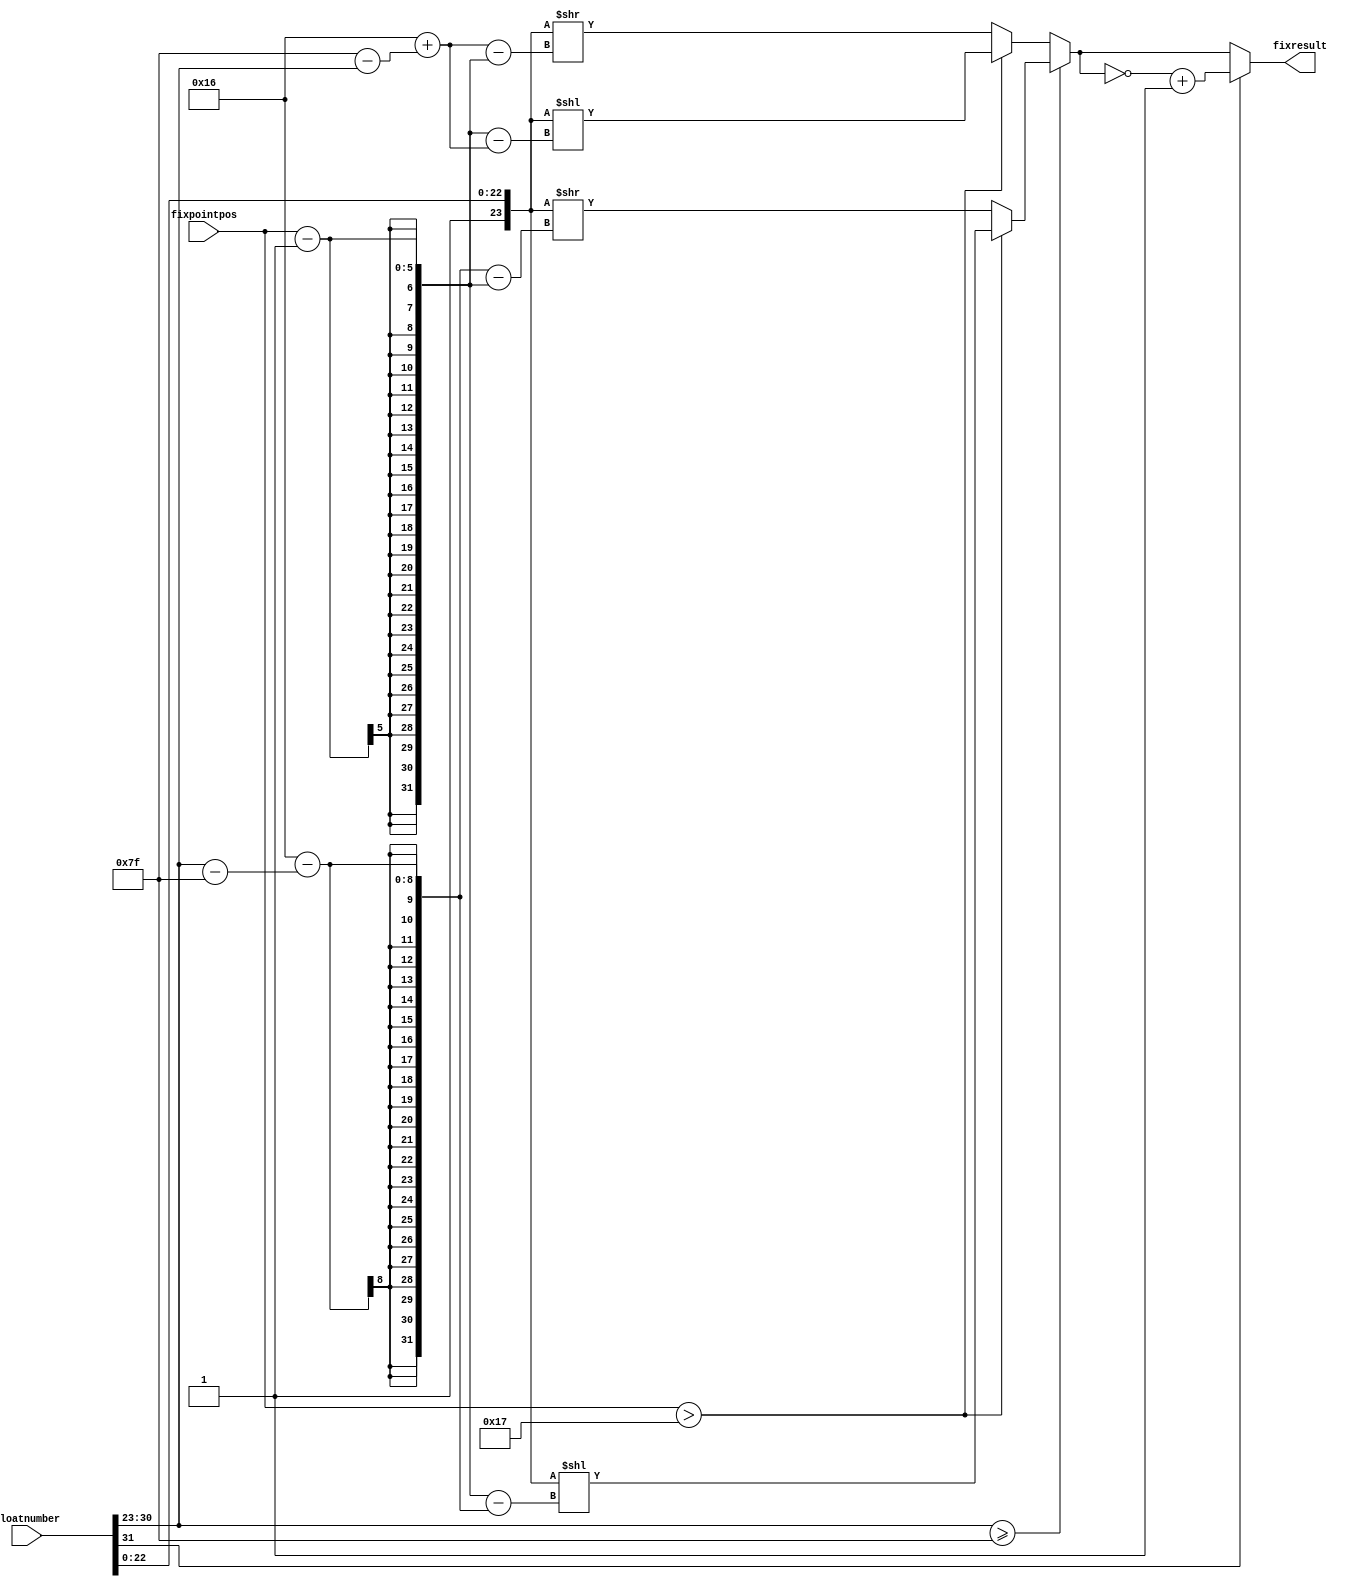
`timescale 1ns / 1ps
//////////////////////////////////////////////////////////////////////////////////
//////////////////////////////////////////////////////////////////////////////////

module floattofix(
	input wire[31:0] floatnumber, 
	input wire[4:0]  fixpointpos , 
	output reg[31:0] fixresult   );

reg [7:0]  theexponent;
  
reg [31:0] mantissa ; 
reg [31:0] integerpart ; 
reg [31:0] fractionalpart ; 


// ------------------------------------------------------------------
// We have to extract the sign, the exponent and the mantissa
// ------------------------------------------------------------------ 

always @(*)  begin

	mantissa =  { 8'h00, 1'b1, floatnumber[22:0]  } ; 
	fixresult = mantissa;
	// If the exponent is positive ( 127 + exponent )
	theexponent = $unsigned(floatnumber[23 +: 8 ]);
	if ( $unsigned(floatnumber[23 +: 8 ]) >= $unsigned(8'h7f)) begin 
		theexponent = theexponent - 127;
		fractionalpart = 22- theexponent;
		if(fixpointpos > 23 ) begin
			fixresult = fixresult <<((fixpointpos-1)-fractionalpart);
		end else begin
			fixresult = fixresult >>(fractionalpart -(fixpointpos-1));
		end

	end
	
	else begin   
		theexponent = 127 - theexponent;
		fractionalpart = 22 + theexponent;
		if(fixpointpos > 23 ) begin
			fixresult = fixresult <<((fixpointpos-1)-fractionalpart);
		end else begin
			fixresult = fixresult >>(fractionalpart -(fixpointpos-1));
		end

	end 
	
	// ------------------------------------------------------------------------
	// In the input number is negative, we have to compute the two's complement 
	// ------------------------------------------------------------------------
	
	if (floatnumber[31] == 1  ) begin 
		fixresult = $unsigned(~fixresult) + $unsigned(32'h0000_0001) ; 	
	end 
	
end 


endmodule